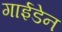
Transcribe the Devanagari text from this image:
गाईडेन